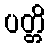
ပတ္တိ